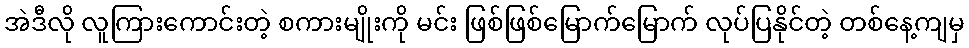
အဲဒီလို လူကြားကောင်းတဲ့ စကားမျိုးကို မင်း ဖြစ်ဖြစ်မြောက်မြောက် လုပ်ပြနိုင်တဲ့ တစ်နေ့ကျမှ